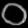
Digit: ၀